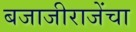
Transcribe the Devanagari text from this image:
बजाजीराजेंचा